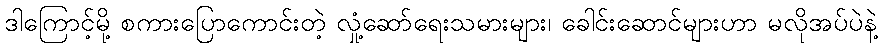
ဒါကြောင့်မို့ စကားပြောကောင်းတဲ့ လှုံ့ဆော်ရေးသမားများ၊ ခေါင်းဆောင်များဟာ မလိုအပ်ပဲနဲ့